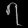
Digit: ၇